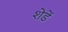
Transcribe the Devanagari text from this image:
शेडें